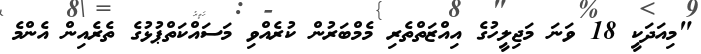
"މިއަދަކީ 18 ވަނަ މަޖިލީހުގެ އިއްޒަތްތެރި މެމްބަރުން ކުރެއްވި މަސައްކަތްޕުޅުގެ ތެރެއިން އެންމެ